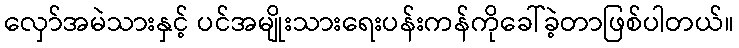
လှော်အမဲသားနှင့် ပင်အမျိုးသားရေးပန်းကန်ကိုခေါ်ခဲ့တာဖြစ်ပါတယ်။